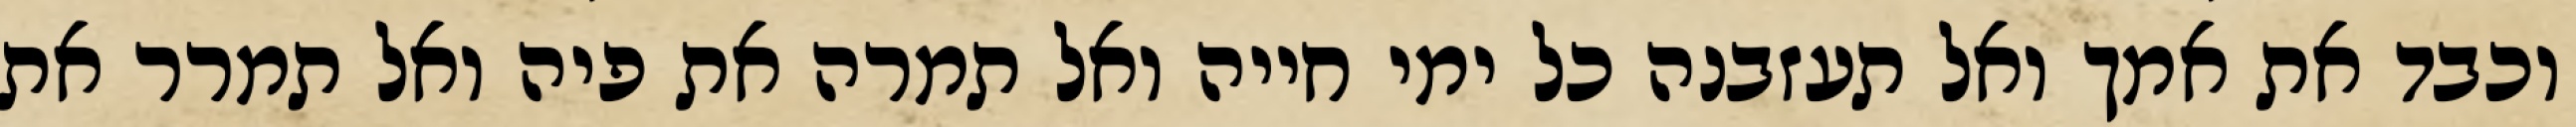
וכבד את אמך ואל תעזבנה כל ימי חייה ואל תמרה את פיה ואל תמרר את